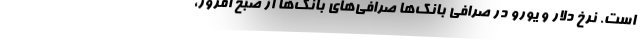
است. نرخ دلار و یورو در صرافی بانک‌ها صرافی‌های بانک‌ها از صبح امروز،